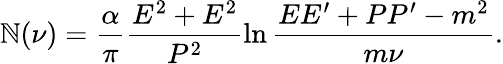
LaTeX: \mathbb{N}(\nu)=\frac{{\alpha}}{{\pi}}\frac{{E^{2}+E^{2}}}{{P^{2}}}\ln\frac{{EE^{\prime}+PP^{\prime}-m^{2}}}{{m\nu}}.